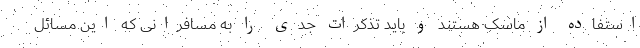
استفاده از ماسک هستند و باید تذکرات جدی را به مسافرانی که این مسائل